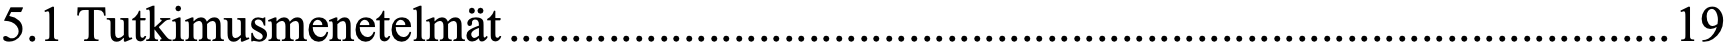
5.1 Tutkimusmenetelmät ............................................................................................. 19